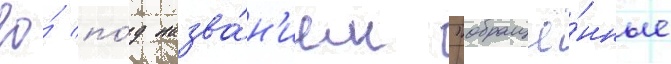
ео́ по́д назва́н'ием "обращё́нные